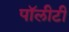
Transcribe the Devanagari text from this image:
पॉलीटी